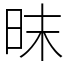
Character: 昩